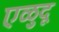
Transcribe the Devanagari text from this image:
एळुदू